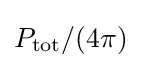
P_{\text{tot}}/(4\pi )